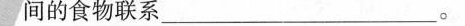
间的食物联系___。